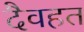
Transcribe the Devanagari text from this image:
दैवहत